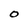
Character: O